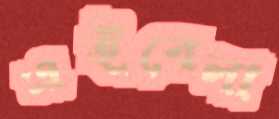
এইবেলা